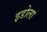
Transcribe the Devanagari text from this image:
इडोला